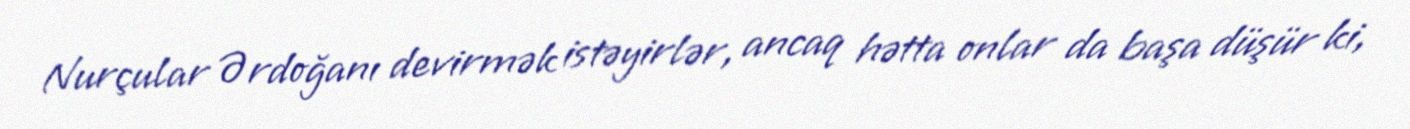
Nurçular Ərdoğanı devirmək istəyirlər, ancaq hətta onlar da başa düşür ki,